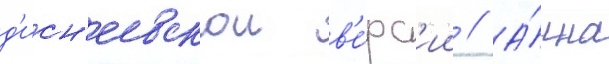
д'исн'еевскои в'е́рс'ии // А́нна